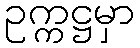
ဥက္ကဋ္ဌမှာ